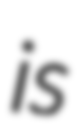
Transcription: is